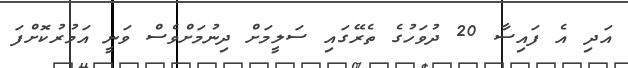
އަދި އެ ފައިސާ 20 ދުވަހުގެ ތެރޭގައި ސަލީމަށް ދިނުމަށްވެސް ވަނީ އަމުރުކޮށްފަ